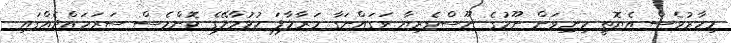
މިހާރުވެސް އެޔޮތީ މިނިވަން ނޫހުގެ ނޫސްވެރިޔާ ވަގައްނަގާ މަރާލާފަ ހުޅުމާލޭގެ ކޮންމެސް ސަރަހައްދެއްގައި